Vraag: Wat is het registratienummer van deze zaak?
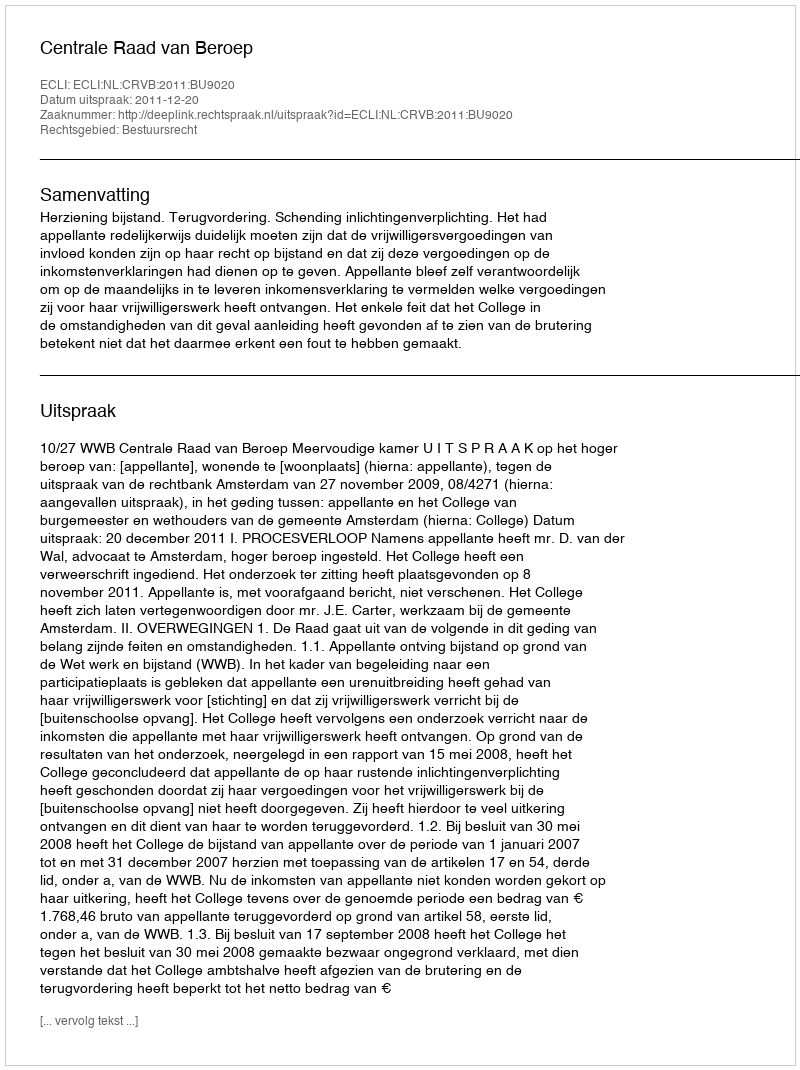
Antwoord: http://deeplink.rechtspraak.nl/uitspraak?id=ECLI:NL:CRVB:2011:BU9020